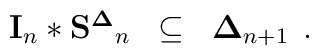
\begin{array}{lll}{\bf I}_n*{\bf S^\Delta }_n & \subseteq & {\bf \Delta }_{n+1}\end{array}{}.